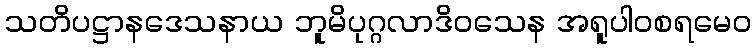
သတိပဋ္ဌာနဒေသနာယ ဘူမိပုဂ္ဂလာဒိဝသေန အရူပါဝစရမေဝ